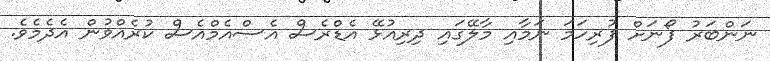
ނަންބަރު ފޯނަށް ފުރިހަމަ ނަމާއި މާލޭގައި ދިރިއުޅޭ އެޑްރެސް އެސްއެމްއެސް ކުރެއްވުން އެދެމެވެ.